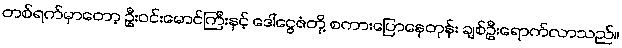
တစ်ရက်မှာတော့ ဦးဝင်းမောင်ကြီးနှင့် ဒေါ်ငွေဇံတို့ စကားပြောနေတုန်း ချစ်ဦးရောက်လာသည်။